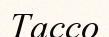
Тассо